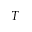
T